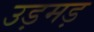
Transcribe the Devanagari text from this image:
उड़मड़